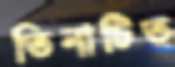
তিনাটিত